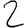
Digit: 2